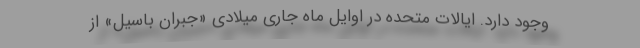
وجود دارد. ایالات متحده در اوایل ماه جاری میلادی «جبران باسیل» از